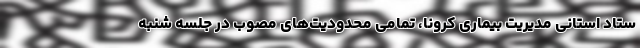
ستاد استانی مدیریت بیماری کرونا، تمامی محدودیت‌های مصوب در جلسه شنبه